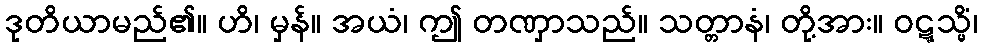
ဒုတိယာမည်၏။ ဟိ၊ မှန်။ အယံ၊ ဤ တဏှာသည်။ သတ္တာနံ၊ တို့အား။ ဝဋ္ဋသ္မိံ၊